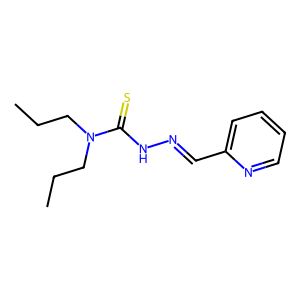
SMILES: CCCN(CCC)C(=S)NN=Cc1ccccn1
Inhibits HIV replication: No